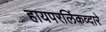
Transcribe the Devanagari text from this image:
हायपरलिंकव्दारे